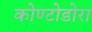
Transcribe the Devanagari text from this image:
कोण्टोडोरा